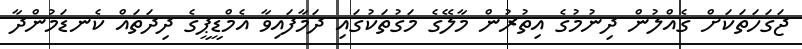
ޖަގަހަތަކަށް ގެއްލުން ދިނުމުގެ އިތުރުން މާލޭގެ މަގުތަކުގައި ދަމާފައިވާ އެމްޑީޕީގެ ދިދަތައް ކެނޑަމުންދާ